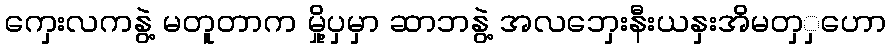
ကှေးလကနွဲ့ မတူတာက မှို့ပှမှာ ဆာဘနွဲ့ အလဘှေးနီးယနှးအိမတှှဟော